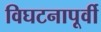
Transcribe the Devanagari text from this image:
विघटनापूर्वी